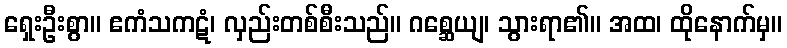
ရှေးဦးစွာ။ ဧကံသကဋံ၊ လှည်းတစ်စီးသည်။ ဂစ္ဆေယျ၊ သွားရာ၏။ အထ၊ ထိုနောက်မှ။